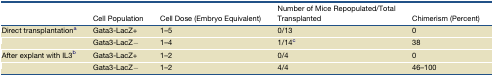
<table><thead><tr><td></td><td><b>Cell Population</b></td><td><b>Cell Dose (Embryo Equivalent)</b></td><td><b>Number of Mice Repopulated/Total Transplanted</b></td><td><b>Chimerism (Percent)</b></td></tr></thead><tbody><tr><td>Direct transplantationa</td><td>Gata3-LacZ+</td><td>1–5</td><td>0/13</td><td>0</td></tr><tr><td></td><td>Gata3-LacZ−</td><td>1–4</td><td>1/14c</td><td>38</td></tr><tr><td>After explant with IL3b</td><td>Gata3-LacZ+</td><td>1–2</td><td>0/4</td><td>0</td></tr><tr><td></td><td>Gata3-LacZ−</td><td>1–2</td><td>4/4</td><td>46–100</td></tr></tbody></table>